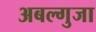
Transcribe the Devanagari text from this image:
अबल्गुजा